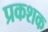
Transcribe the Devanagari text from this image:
प्रकशक